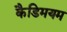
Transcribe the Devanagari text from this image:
कैडिमयम